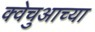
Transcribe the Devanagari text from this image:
क्वेचुआच्या